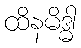
ထိနမိဒ္ဓါ